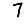
Digit: 7